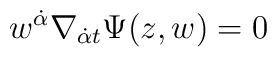
w^{{\dot \alpha}}\nabla _{{\dot \alpha}t}\Psi (z,w)=0